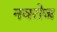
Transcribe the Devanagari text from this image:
नवरोज